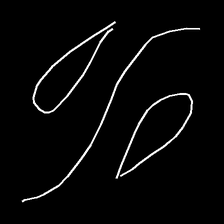
Glyph: water